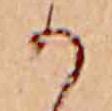
か